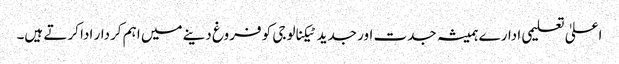
اعلیٰ تعلیمی ادارے ہمیشہ جدت اور جدید ٹیکنالوجی کو فروغ دینے میں اہم کردار ادا کرتے ہیں۔